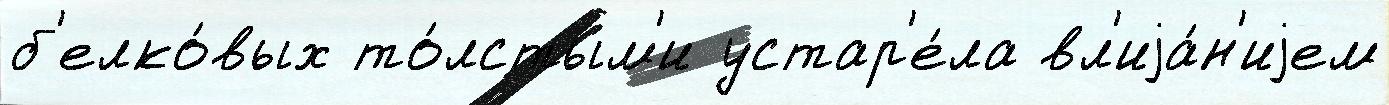
б'елко́вых то́лстым'и устар'е́ла вл'иjа́н'иjем